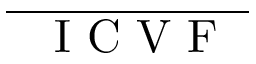
\overline { { \mathrm { ~ \textit ~ { ~ I ~ C ~ V ~ F ~ } ~ } } }